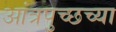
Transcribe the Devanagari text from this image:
आंत्रपुच्छच्या